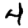
Digit: 4